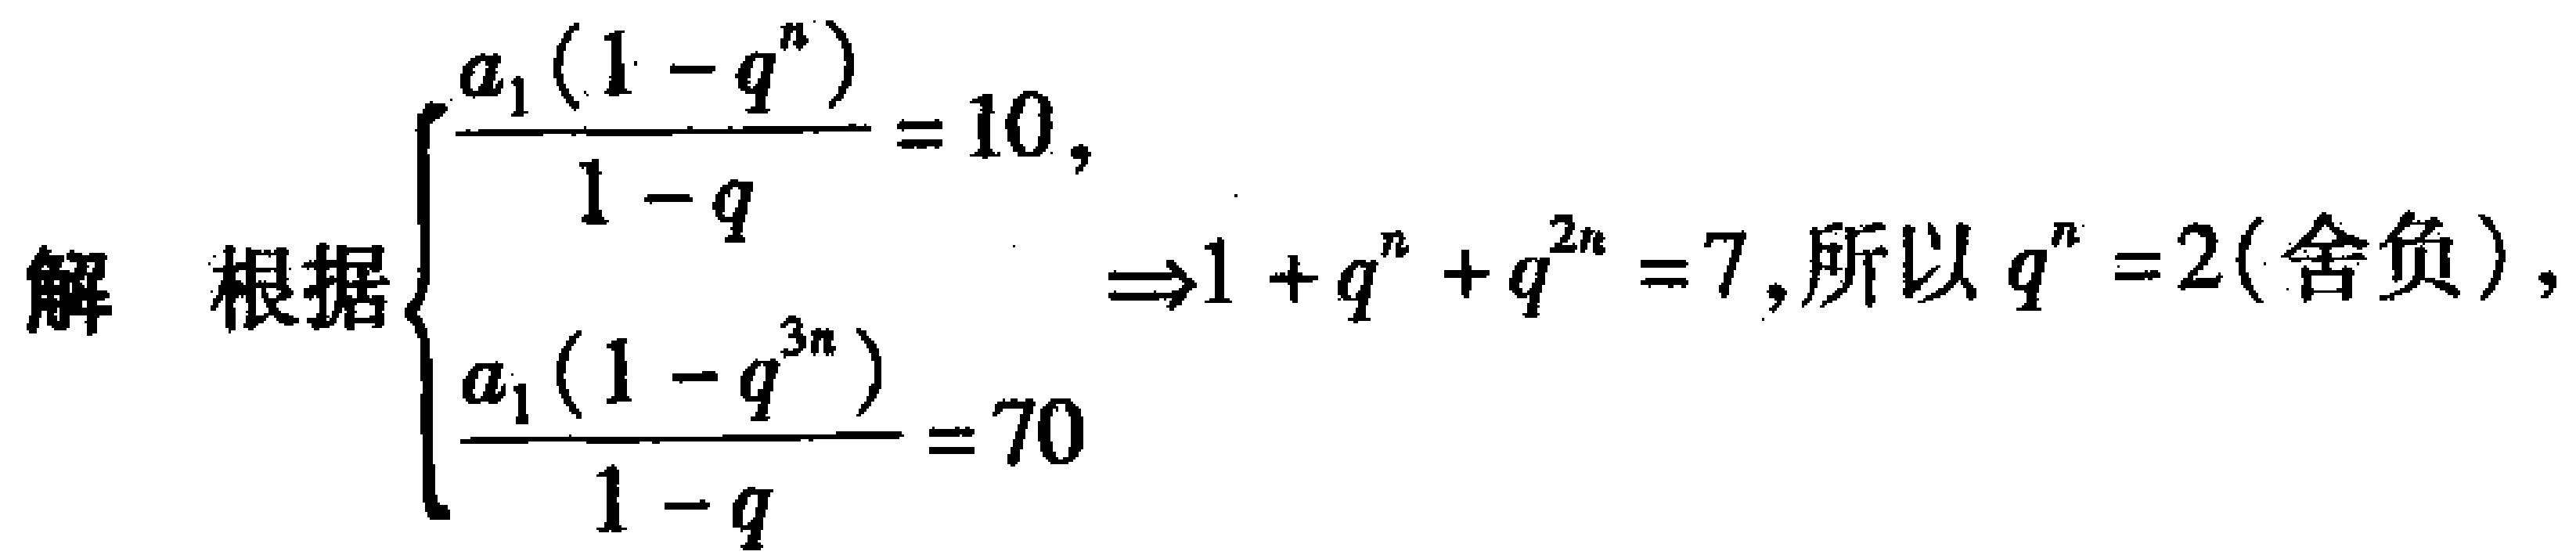
解 根据$\begin{cases}\frac{a_{1}(1 - q^{n})}{1 - q}=10,\\\frac{a_{1}(1 - q^{3n})}{1 - q}=70\end{cases}\Rightarrow1 + q^{n}+q^{2n}=7,所以q^{n}=2(舍负),$